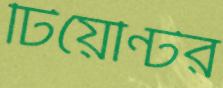
টিয়েন্টির